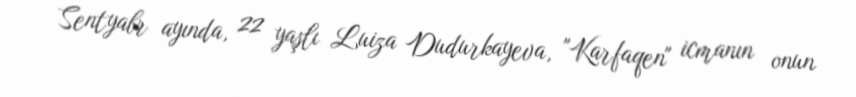
Sentyabr ayında, 22 yaşlı Luiza Dudurkayeva, "Karfaqen" icmanın onun